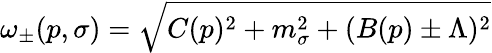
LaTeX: \omega_{\pm}(p,\sigma)=\sqrt{C(p)^{2}+m_{\sigma}^{2}+(B(p)\pm\Lambda)^{2}}